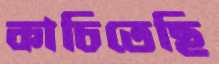
কাচিতেছি